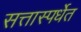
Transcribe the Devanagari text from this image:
सत्तास्पर्धेत